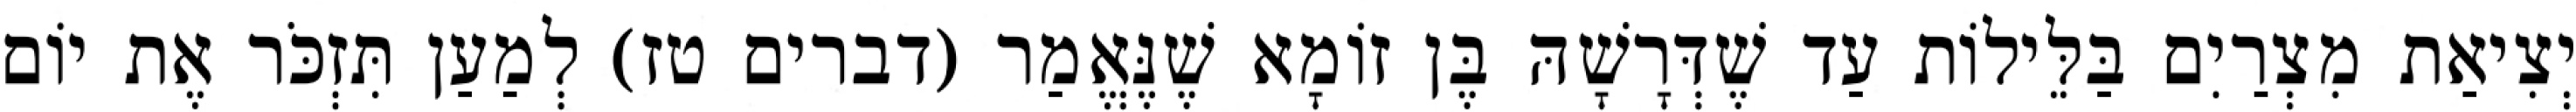
יְצִיאַת מִצְרַיִם בַּלֵּילוֹת עַד שֶׁדְּרָשָׁהּ בֶּן זוֹמָא שֶׁנֶּאֱמַר (דברים טז) לְמַעַן תִּזְכֹּר אֶת יוֹם